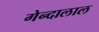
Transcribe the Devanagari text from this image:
गेन्दालाल